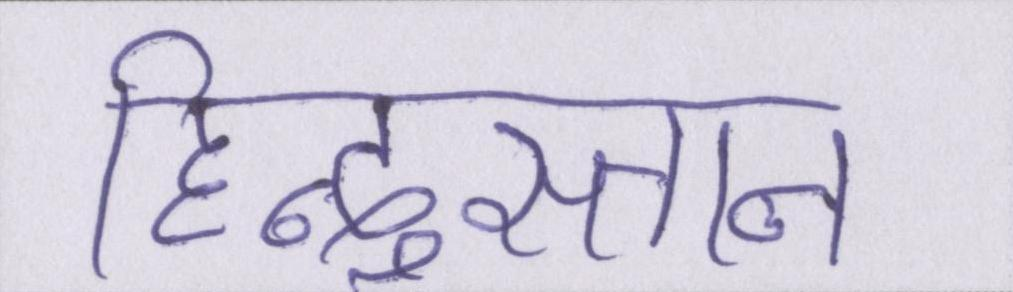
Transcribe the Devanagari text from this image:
हिन्दुस्तान